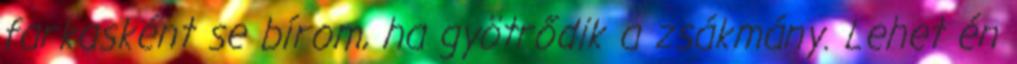
farkasként se bírom, ha gyötrődik a zsákmány. Lehet én